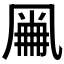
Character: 𠙘